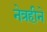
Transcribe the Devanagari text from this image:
नेत्रहीने